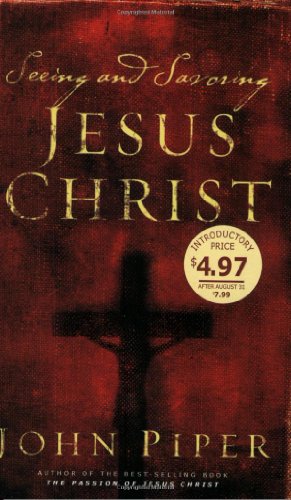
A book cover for Seeing and Savoring Jesus Christ (Revised Edition); John Piper; Christian Books & Bibles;